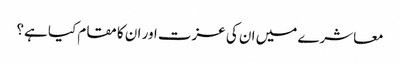
معاشرے میں ان کی عزت اور ان کا مقام کیا ہے؟